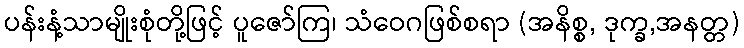
ပန်းနံ့သာမျိုးစုံတို့ဖြင့် ပူဇော်ကြ၊ သံဝေဂဖြစ်စရာ (အနိစ္စ, ဒုက္ခ,အနတ္တ)